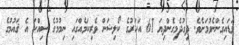
ވަޑައިގެންނެވުމަށެވެ. ދިގުދެމިގެންދިޔަ 61 އަހަރުގެ ކޯލިޝަން ވެރިކަމެއްގައި ނިމުމުގެ ސިއްކަ އެ ޤައުމުގެ